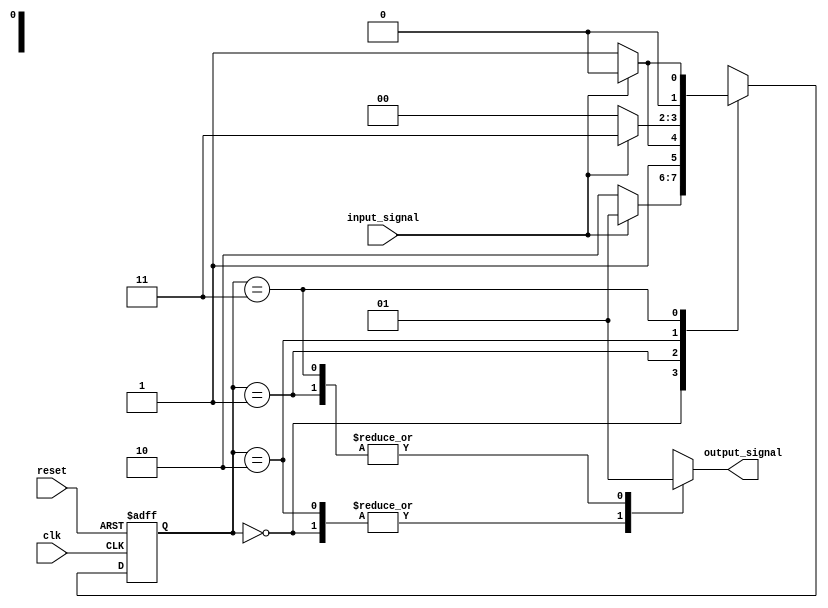
module fsm (
    input wire clk,
    input wire reset,
    input wire input_signal,
    output reg output_signal
);

// Define states using parameters
parameter S0 = 2'b00;
parameter S1 = 2'b01;
parameter S2 = 2'b10;
parameter S3 = 2'b11;

// Define state registers
reg [1:0] current_state;
reg [1:0] next_state;

always @(posedge clk or posedge reset) begin
    if (reset) begin
        current_state <= S0;
    end else begin
        current_state <= next_state;
    end
end

// Define combinational logic for state transitions
always @* begin
    case (current_state)
        S0: begin
            if (input_signal) begin
                next_state = S1;
            end else begin
                next_state = S2;
            end
        end
        S1: begin
            if (input_signal) begin
                next_state = S2;
            end else begin
                next_state = S3;
            end
        end
        S2: begin
            if (input_signal) begin
                next_state = S3;
            end else begin
                next_state = S0;
            end
        end
        S3: begin
            if (input_signal) begin
                next_state = S0;
            end else begin
                next_state = S1;
            end
        end
    endcase
end

// Define output logic based on current state
always @* begin
    case (current_state)
        S0: output_signal = 1'b0;
        S1: output_signal = 1'b1;
        S2: output_signal = 1'b0;
        S3: output_signal = 1'b1;
    endcase
end

endmodule